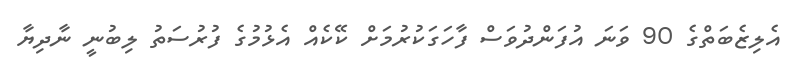
އެލިޒެބަތްގެ 90 ވަނަ އުފަންދުވަސް ފާހަގަކުރުމަށް ކޭކެއް އެޅުމުގެ ފުރުސަތު ލިބުނީ ނާދިޔާ